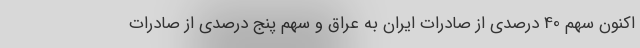
اکنون سهم 40 درصدی از صادرات ایران به عراق و سهم پنج درصدی از صادرات